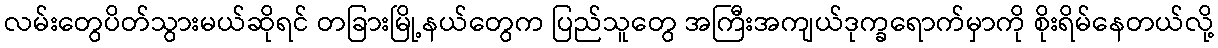
လမ်းတွေပိတ်သွားမယ်ဆိုရင် တခြားမြို့နယ်တွေက ပြည်သူတွေ အကြီးအကျယ်ဒုက္ခရောက်မှာကို စိုးရိမ်နေတယ်လို့